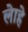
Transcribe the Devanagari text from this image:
लेाहे